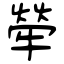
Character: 犖